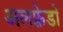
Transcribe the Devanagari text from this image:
अलफ़्रेडो